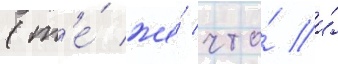
(т'е́ же́ что́ и́